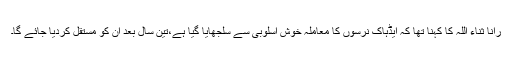
رانا ثناء اللہ کا کہنا تھا کہ ایڈہاک نرسوں کا معاملہ خوش اسلوبی سے سلجھایا گیا ہے،تین سال بعد ان کو مستقل کردیا جائے گا۔